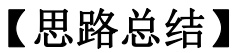
【思路总结】